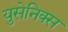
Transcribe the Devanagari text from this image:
युसेनिक्स